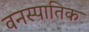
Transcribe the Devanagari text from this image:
वनस्पातिक